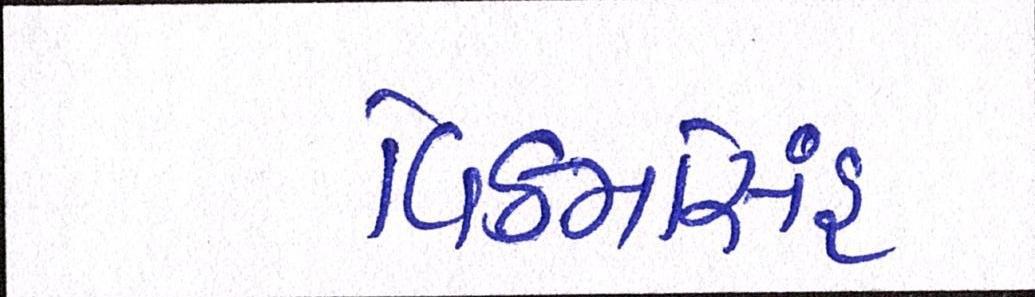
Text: વિક્રમસિંહ